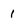
Character: 1